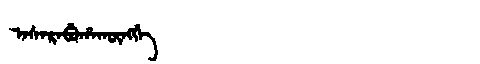
Manchu: ᠠᠰᠠᡵᠠᠪᡠᡥᠠᡴᡡᠩᡤᡝ
Romanization: ASARABUHAKŪNGGE